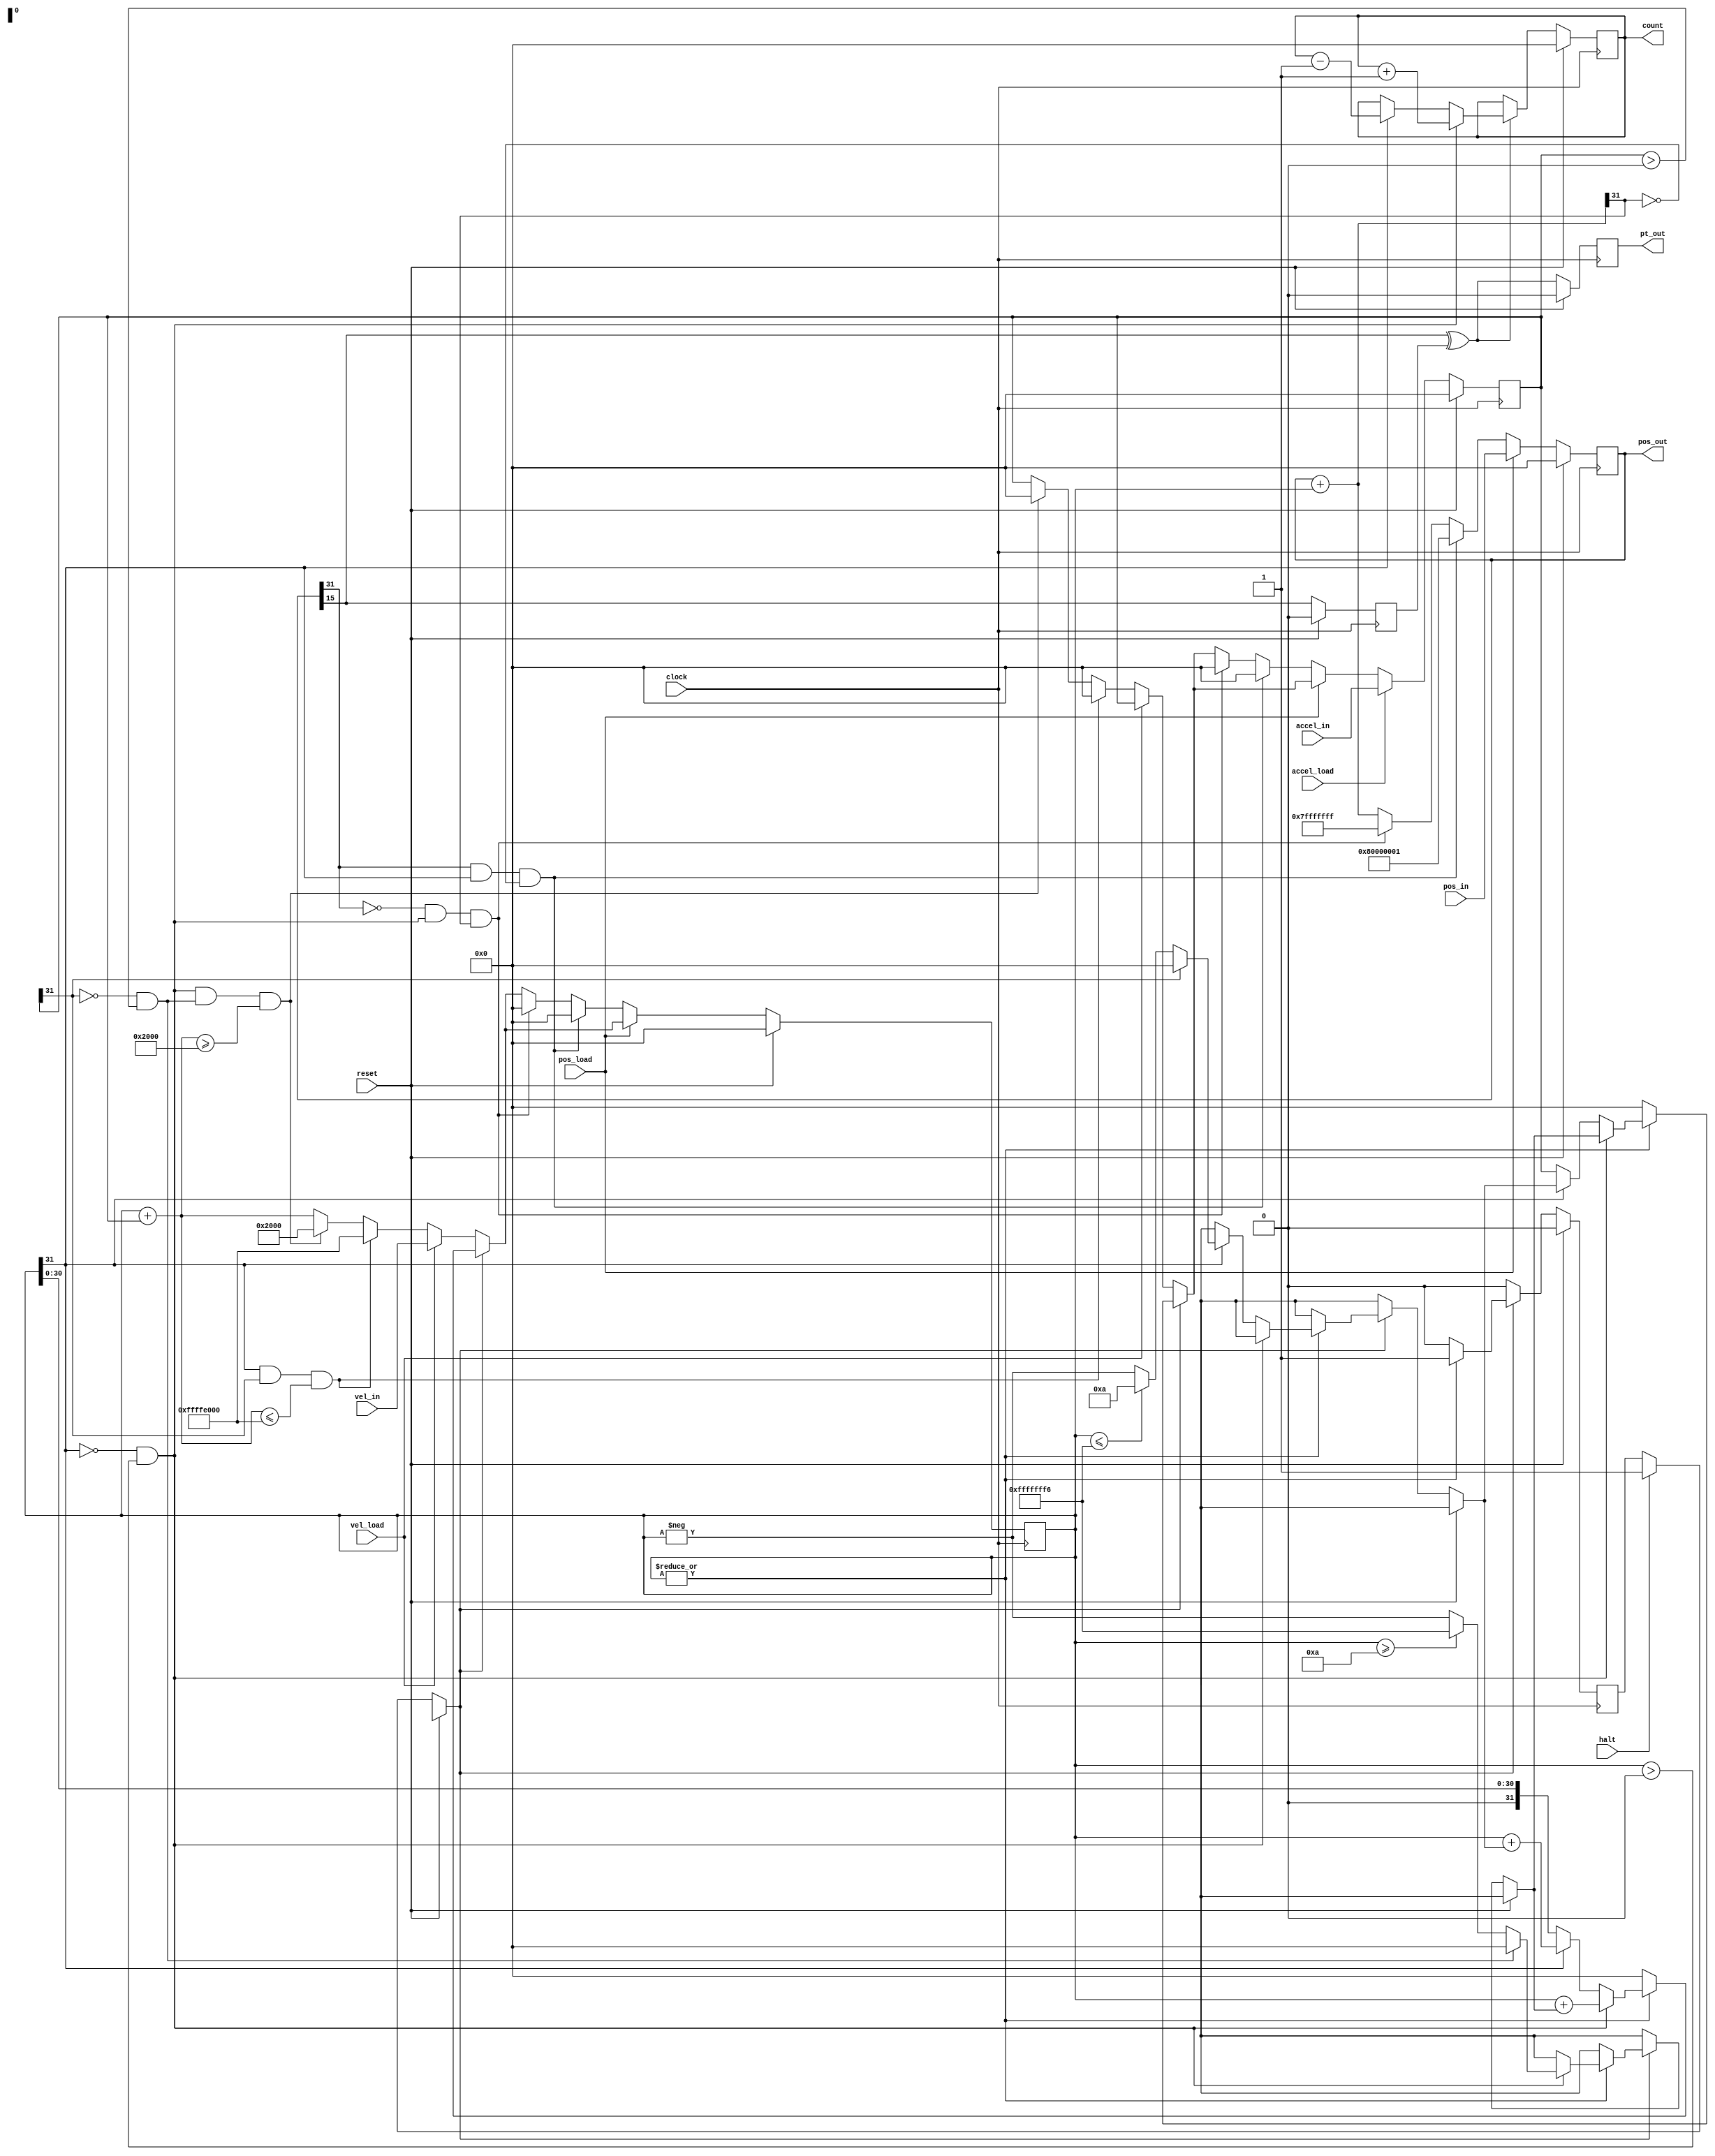
module PVA(
    input clock,
    input reset,
    input [31:0] pos_in,
    input pos_load,
    input [31:0] vel_in,
    input vel_load,
    input [31:0] accel_in,
    input accel_load,
    input halt,
    output [31:0] pos_out,
    output pt_out,
    output [31:0] count
    );
    
    reg [31:0] position = 0;            // MAX will be +/- 2 Gig (Billion)
    reg [31:0] velocity = 0;
    reg [31:0] acceleration = 0;
    reg [31:0] count = 0;
    reg halting = 0;
    reg pt_out = 0;
    reg old_pos_bit = 0;
    wire new_pos_bit;
     
    wire [31:0] pos_next;
    wire [31:0] vel_next;
//    reg [31:0] counter = 0;
    
    wire vpos, vzero, vneg;
    wire apos, azero, aneg;

    assign vpos = ~velocity[31] && velocity > 0;
    assign vneg = velocity[31];
    assign vzero = ~|velocity;

    assign apos = ~acceleration[31] && acceleration > 0;
    assign aneg = acceleration[31];
    assign azero = ~|acceleration;
   
    assign new_pos_bit = position[15];
    
    always @(posedge clock)
        begin
        if(reset)
          {old_pos_bit, pt_out, count} = 0;
        else
            begin
            old_pos_bit <= new_pos_bit;
            pt_out = new_pos_bit ^ old_pos_bit;
            if(pt_out)
                begin
                if(vpos)
                    count = count + 1;
                else if (vneg)
                    count = count - 1;    
                end
            end
        end
    
    assign pos_out = position;
    assign pos_next = position + velocity;    
    assign vel_next = velocity + acceleration;
 
    parameter VELMAXPLUS  =  8192;
    parameter VELMAXMINUS = -VELMAXPLUS;
    parameter POSMAXPLUS = 32'h7fffffff;
    parameter POSMAXMINUS = -POSMAXPLUS;
    parameter ACCELMAXPLUS = 10;
    parameter ACCELMAXMINUS = -10;
     
    always @(posedge clock)
        begin
        if(reset)
            begin
            {position, velocity, acceleration, halting} = 0;
            end
        else
            begin
            if(halt)
                halting = 1;
                
            
            if(halting)
                begin
                if(vzero)
                    begin
                        acceleration = 0;
                        velocity = 0;  
                        halting = 0; 
                    end
                else if(vpos)
                    begin
                    if(apos)
                        acceleration = 0;
                    else if(velocity >= ACCELMAXPLUS)
                        acceleration = ACCELMAXMINUS;
                    else  
                        acceleration = - velocity;
                    velocity = velocity + acceleration;   
                    end
                else if(vneg)
                    begin
                    if(aneg)
                        acceleration = 0;
                    else if(velocity <= ACCELMAXMINUS)
                        acceleration = ACCELMAXPLUS;
                    else  
                        acceleration = - velocity;
                    velocity = velocity + acceleration;   
                    end
                end
            
            else
                begin    
                if(vel_load)
                    velocity = vel_in;            
                else if (vneg && aneg && vel_next <= VELMAXMINUS)
                    begin
                        velocity = VELMAXMINUS;
                        acceleration = 0;
                    end
                else if (vpos && apos && vel_next >= VELMAXPLUS)
                    begin
                        velocity = VELMAXPLUS;
                        acceleration = 0;
                    end
                      
                else
                    velocity = velocity + acceleration;   
               end
           
            if(pos_load)
                position = pos_in;
            else if(position[31] == 1 && vneg && pos_next[31] == 0)        // rolling too negative
                begin
                position = POSMAXMINUS;                             // saturate at full value
                velocity = 0;
                acceleration = 0;
                end
            else if(position[31] == 0 && vpos && pos_next[31] == 1)        // rolling too positive
                begin
                position = POSMAXPLUS;                             // saturate at full value
                velocity = 0;
                acceleration = 0;
                end
            else 
                position = pos_next;
                        
                           
            if(accel_load)
                acceleration = accel_in;
                     
            end
        end
endmodule